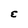
Character: E